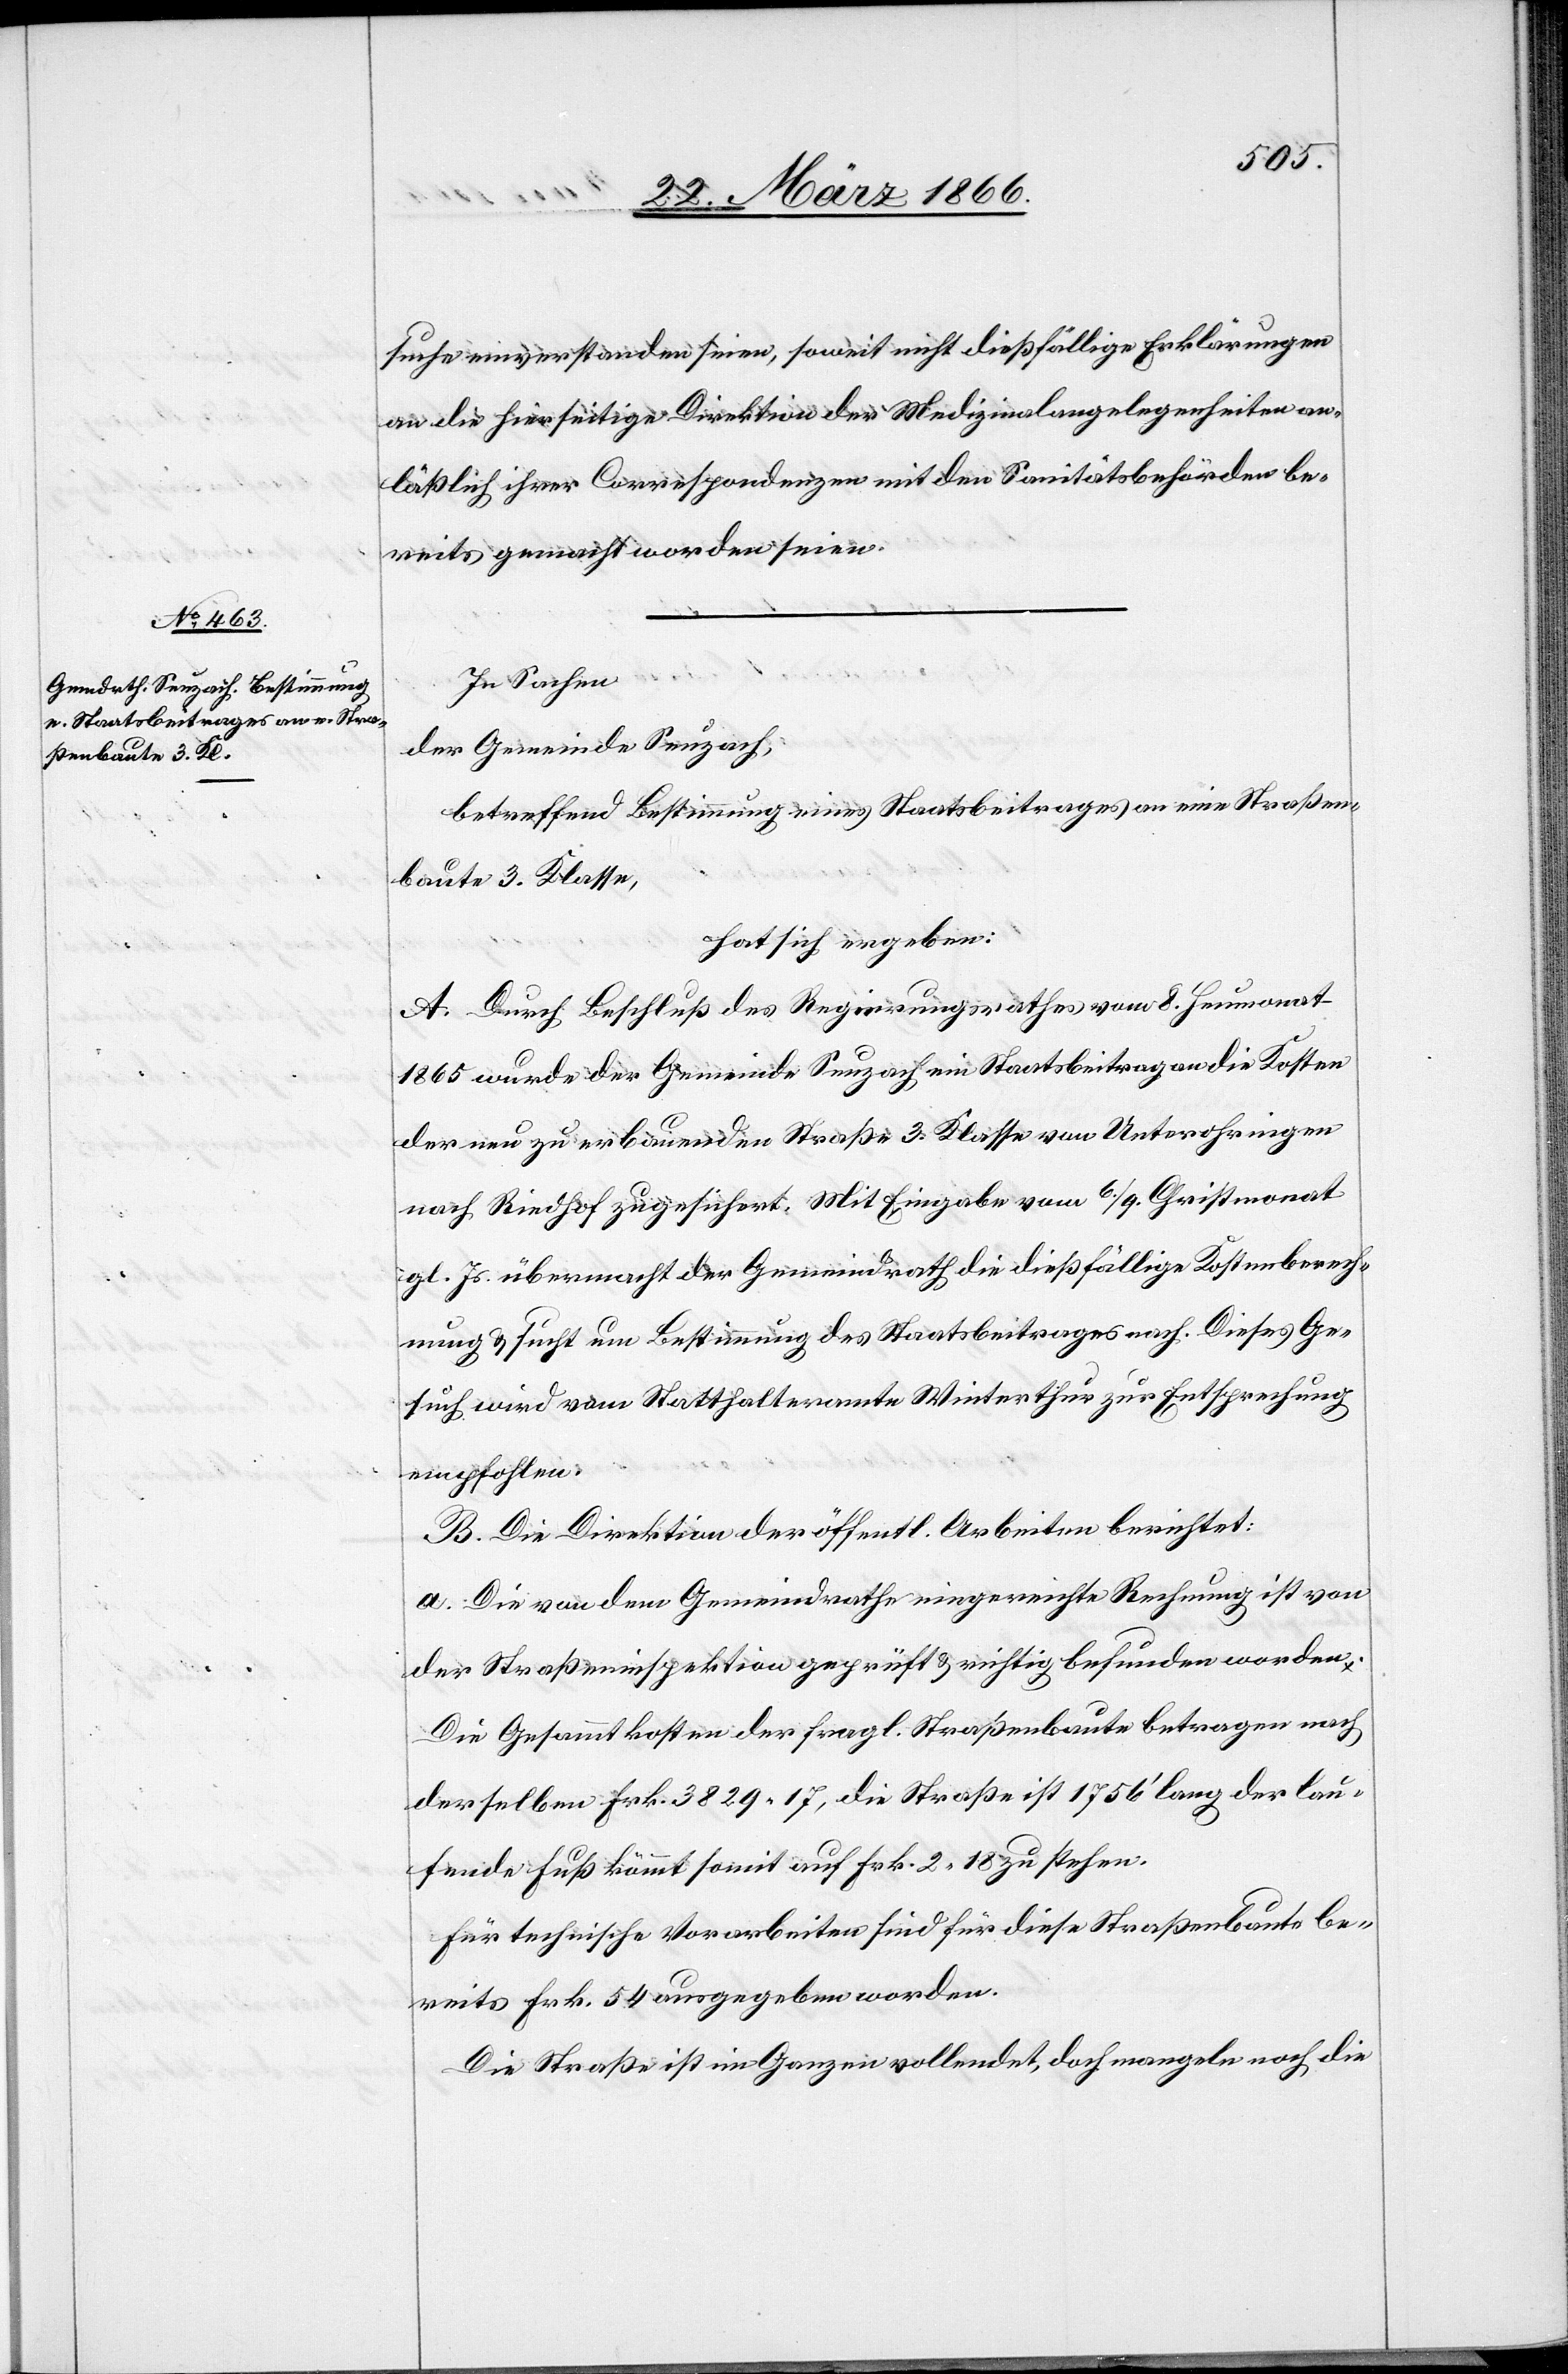
suche einverstanden seien, soweit nicht dießfällige Erklärungen
an die hierseitige Direktion der Medizinalangelegenheiten an¬
läßlich ihrer Correspondenzen mit den Sanitätsbehörden be¬
reits gemacht worden seien.
In Sachen
der Gemeinde Seuzach,
betreffend Bestimmung eines Staatsbeitrages an eine Straßen¬
baute 3. Klasse,
hat sich ergeben:
A. Durch Beschluß des Regierungsrathes vom 8. Heumonat
1865 wurde der Gemeinde Seuzach ein Staatsbeitrag an die Kosten
der neu zu erbauenden Straße 3. Klasse von Unterohringen
nach Riedhof zugesichert. Mit Eingabe vom 6./9. Christmonat
gl. Js. übermacht der Gemeindrath die dießfällige Kostenberech¬
nung u. sucht um Bestimmung des Staatsbeitrages nach. Dieses Ge¬
such wird vom Statthalteramte Winterthur zur Entsprechung
empfohlen.
B. Die Direktion der öffentl. Arbeiten berichtet:
a. Die von dem Gemeindrathe ein(ge)reichte Rechnung ist von
der Straßeninspektion geprüft u. richtig befunden worden.
Die Gesammtkosten der fragl. Straßenbaute betragen nach
derselben Frk. 3829,17, die Straße ist 1756‘ lang der lau¬
fende Fuß kömmt somit auf Frk. 2,18 zu stehen.
für technische Vorarbeiten sind für diese Straßenbaute be¬
reits Frk. 54 ausgegeben worden.
Die Straße ist im Ganzen vollendet, doch mangeln noch die